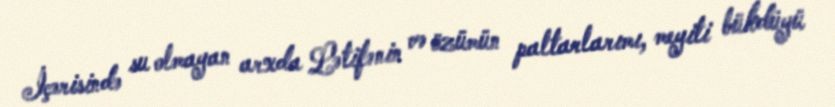
İçərisində su olmayan arxda Lətifənin və özümün paltarlarımı, meyiti bükdüyü